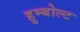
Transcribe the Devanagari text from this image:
हुम्बोल्ट